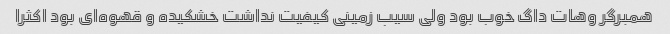
همبرگر وهات داگ خوب بود ولی سیب زمینی کیفیت نداشت خشکیده و قهوه‌ای بود اکثرا